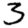
Digit: 3